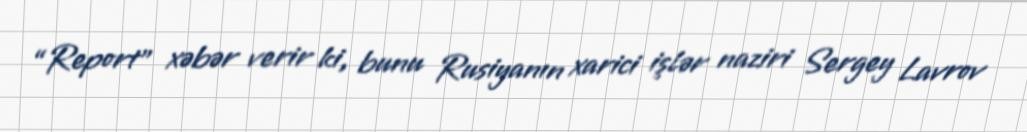
“Report” xəbər verir ki, bunu Rusiyanın xarici işlər naziri Sergey Lavrov